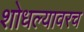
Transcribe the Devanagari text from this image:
शोधल्यावरच